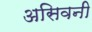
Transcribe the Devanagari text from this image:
असिवनी